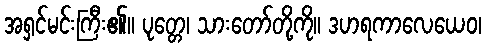
အရှင်မင်းကြီး၏။ ပုတ္တေ၊ သားတော်တို့ကို။ ဒဟရကာလေယေဝ၊